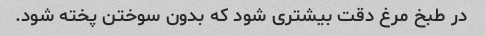
در طبخ مرغ دقت بیشتری شود که بدون سوختن پخته شود.